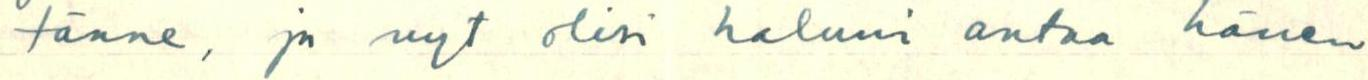
tänne, ja nyt olisi haluni antaa hänen